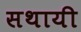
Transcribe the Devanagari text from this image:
सथायी